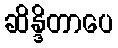
ဆိန္ဒိတာပေ